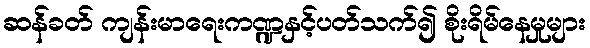
ဆန်ခတ် ကျန်းမာရေးကဏ္ဍနှင့်ပတ်သက်၍ စိုးရိမ်နေမှုများ